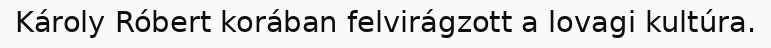
Károly Róbert korában felvirágzott a lovagi kultúra.